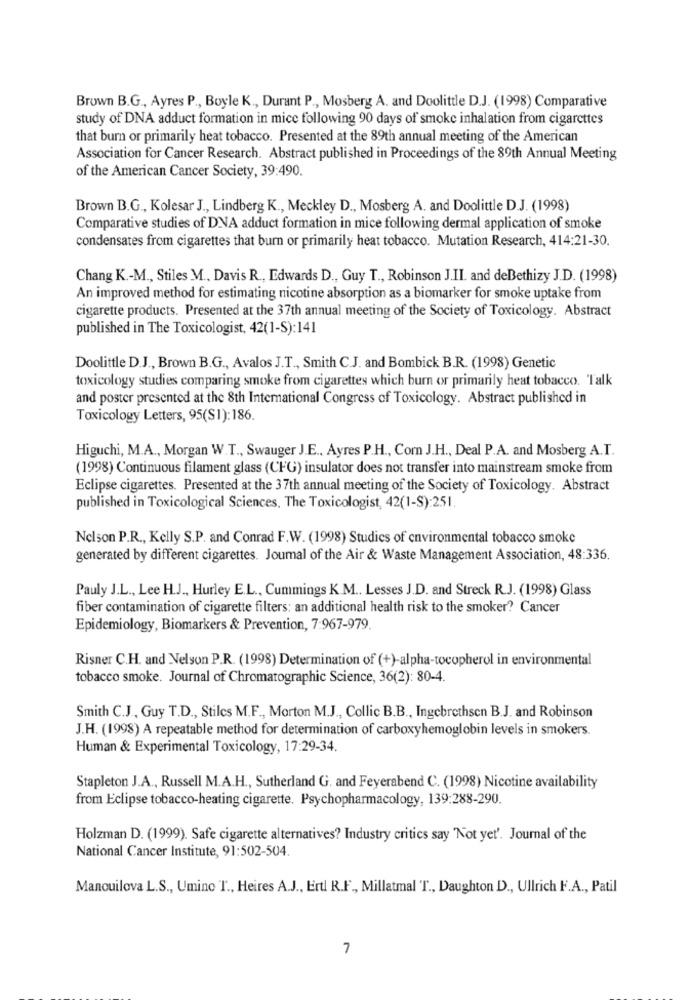
Brown B.G ., Ayres P ., Boyle K ., Durant P ., Mosberg A. and Doolittle D.J. (1998) Comparative
study of DNA adduct formation in mice following 90 days of smoke inhalation from cigarettes
that burn or primarily heat tobacco. Presented at the 89th annual meeting of the American
Association for Cancer Research. Abstract published in Proceedings of the 89th Annual Meeting
of the American Cancer Society, 39:490.
Brown B.G ., Kolesar J ., Lindberg K ., Meckley D ., Mosberg A. and Doolittle D.J. (1998)
Comparative studies of DNA adduct formation in mice following dermal application of smoke
condensates from cigarettes that burn or primarily heat tobacco. Mutation Research, 414:21-30.
Chang K .- M ., Stiles M ., Davis R ., Edwards D ., Guy T ., Robinson J.II. and deBethizy J.D. (1998)
An improved method for estimating nicotine absorption as a biomarker for smoke uptake from
cigarette products. Presented at the 37th annual meeting of the Society of Toxicology. Abstract
published in The Toxicologist, 42(1-S):141
Doolittle D.J ., Brown B.G ., Avalos J.T ., Smith C.J. and Bombick B.R. (1998) Genetic
toxicology studies comparing smoke from cigarettes which burn or primarily heat tobacco. Talk
and poster presented at the 8th International Congress of Toxicology. Abstract published in
Toxicology Letters, 95(S1): 186.
Higuchi, M.A ., Morgan W.T ., Swauger J.E ., Ayres P.H ., Com J.H ., Deal P.A. and Mosberg A.I.
(1998) Continuous filament glass (CFG) insulator does not transfer into mainstream smoke from
Eclipse cigarettes. Presented at the 37th annual meeting of the Society of Toxicology. Abstract
published in Toxicological Sciences. The Toxicologist, 42(1-S):251
Nelson P.R ., Kelly S.P. and Conrad F.W. (1998) Studies of environmental tobacco smoke
generated by different cigarettes. Joumal of the Air & Waste Management Association, 48:336.
Pauly J.L ., Lee H.J ., Hurley E.L ., Cummings K.M .. Lesses J.D. and Streck R.J. (1998) Glass
fiber contamination of cigarette filters: an additional health risk to the smoker? Cancer
Epidemiology, Biomarkers & Prevention, 7:967-979.
Risner C.H. and Nelson P.R. (1998) Determination of (+)-alpha-tocopherol in environmental
tobacco smoke. Journal of Chromatographic Science, 36(2): 80-4.
Smith C.J ., Guy T.D ., Stilcs M.F ., Morton M.J ., Collic B.B ., Ingebrethsen B.J. and Robinson
J.H. (1998) A repeatable method for determination of carboxyhemoglobin levels in smokers.
Human & Experimental Toxicology, 17:29-34.
Stapleton J.A ., Russell M.A.H ., Sutherland G. and Feyerabend C. (1998) Nicotine availability
from Eclipse tobacco-heating cigarette. Psychopharmacology, 139:288-290.
Holzman D. (1999). Safe cigarette alternatives? Industry critics say "Not yet'. Journal of the
National Cancer Institute, 91:502-504.
Mancuilova L.S ., Umino T ., Heires A.J ., Ertl R.F ., Millatmal T ., Daughton D ., Ullrich F.A ., Patil
7